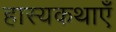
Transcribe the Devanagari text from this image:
हास्यकथाएँ